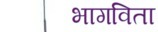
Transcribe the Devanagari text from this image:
भागविता